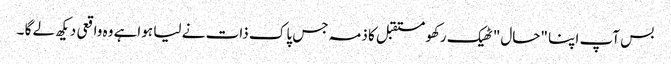
بس آپ اپنا "حال" ٹھیک رکھو مستقبل کا ذمہ جس پاک ذات نے لیا ہواہے وہ واقعی دیکھ لے گا ۔